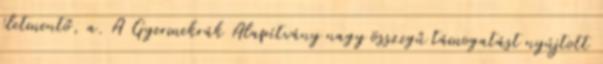
életmentő, a. A Gyermekrák Alapítvány nagy összegű támogatást nyújtott